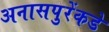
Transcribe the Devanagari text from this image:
अनासपुरेंकडे